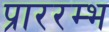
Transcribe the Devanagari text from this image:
प्राररम्भ